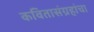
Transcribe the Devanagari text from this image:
कवितासंग्रहांचा